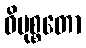
ဝိမုစ္စတော